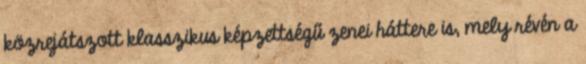
közrejátszott klasszikus képzettségű zenei háttere is, mely révén a